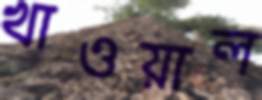
খাওয়াল